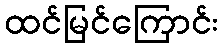
ထင်မြင်ကြောင်း